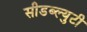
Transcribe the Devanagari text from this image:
सीडब्ल्युटी